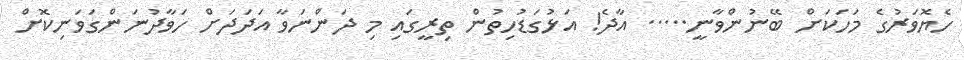
ހެޔޮވަރުގެ މަހަކަށް ބޭނުންވާނީ..... އާދެ! އަޅުގަޑުހިތުން ތިރީގައި މި ދަންނަވާ އަދަދަށް ހަވާދުނަންގަވަނިކޮށް